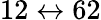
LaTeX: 12\leftrightarrow 62